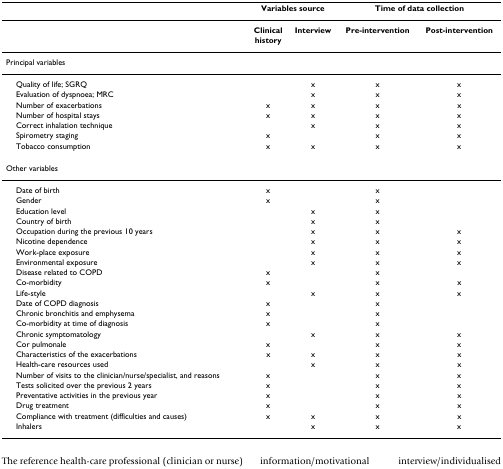
|  | <COLSPAN=2> Variables source | <COLSPAN=2> Time of data collection |
 | --- | --- | --- | --- | --- |
 |  | Clinicalhistory | Interview | Pre-intervention | Post-intervention |
 | Principal variables |  |  |  |  |
 | Quality of life; SGRQ |  | x | x | x |
 | Evaluation of dyspnoea; MRC |  | x | x | x |
 | Number of exacerbations | x | x | x | x |
 | Number of hospital stays | x | x | x | x |
 | Correct inhalation technique |  | x | x | x |
 | Spirometry staging | x |  | x | x |
 | Tobacco consumption | x | x | x | x |
 | Other variables |  |  |  |  |
 | Date of birth | x |  | x |  |
 | Gender | x |  | x |  |
 | Education level |  | x | x |  |
 | Country of birth |  | x | x |  |
 | Occupation during the previous 10 years |  | x | x | x |
 | Nicotine dependence |  | x | x | x |
 | Work-place exposure |  | x | x | x |
 | Environmental exposure |  | x | x | x |
 | Disease related to COPD | x |  | x |  |
 | Co-morbidity | x |  | x | x |
 | Life-style |  | x | x | x |
 | Date of COPD diagnosis | x |  | x |  |
 | Chronic bronchitis and emphysema | x |  | x |  |
 | Co-morbidity at time of diagnosis | x |  | x |  |
 | Chronic symptomatology |  | x | x | x |
 | Cor pulmonale | x |  | x | x |
 | Characteristics of the exacerbations | x | x | x | x |
 | Health-care resources used |  | x | x | x |
 | Number of visits to the clinician/nurse/specialist, and reasons | x |  | x | x |
 | Tests solicited over the previous 2 years | x |  | x | x |
 | Preventative activities in the previous year | x |  | x | x |
 | Drug treatment | x |  | x | x |
 | Compliance with treatment (difficulties and causes) | x | x | x | x |
 | Inhalers |  | x | x | x |